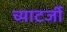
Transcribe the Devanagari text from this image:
च्याटर्जी